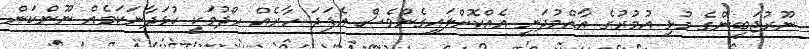
ނޫރުޖަބީންގެ މުޅި އުމުރުގެ އާއްމުދަނީ އެއްކޮށްލައިގެންވެސް އެފަދަ ހާރެއް ހޯދުމަކީ ކުޅަދާނަކަމެއް ނޫންކަން